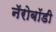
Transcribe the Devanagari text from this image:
नॅरोबॉडी